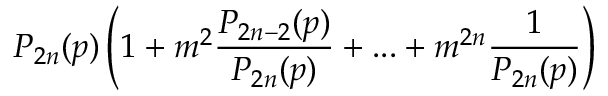
P _ { 2 n } ( p ) \left( 1 + m ^ { 2 } \frac { P _ { 2 n - 2 } ( p ) } { P _ { 2 n } ( p ) } + . . . + m ^ { 2 n } \frac { 1 } { P _ { 2 n } ( p ) } \right)